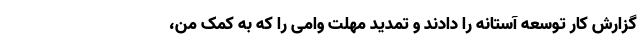
گزارش کار توسعه آستانه را دادند و تمدید مهلت وامی را ‌که به کمک من،